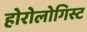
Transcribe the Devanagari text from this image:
होरोलोगिस्ट